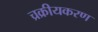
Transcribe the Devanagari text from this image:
च्रक्रीयकरण